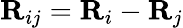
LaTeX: {\mathbf R}_{ij}={\mathbf R}_{i}-{\mathbf R}_{j}